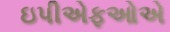
ઇપીએફઓએ